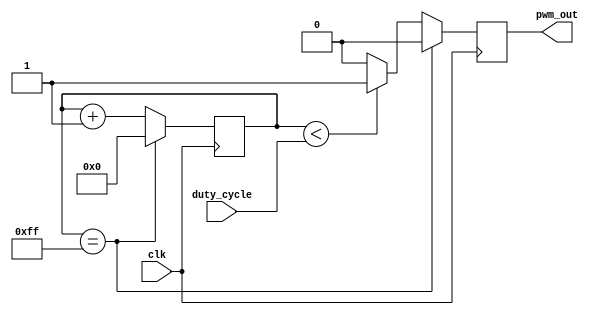
module pwm_generator (
  input wire clk,
  input wire [7:0] duty_cycle,
  output reg pwm_out
);

reg [7:0] count;

always @(posedge clk) begin
  if (count == 255) begin
    count <= 0;
    pwm_out <= 0;
  end else begin
    count <= count + 1;
    if (count < duty_cycle) begin
      pwm_out <= 1;
    end else begin
      pwm_out <= 0;
    end
  end
end

endmodule